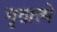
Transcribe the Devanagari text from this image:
मृतात्मे